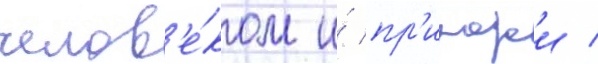
челов'е́ком и́ пр'иродои /